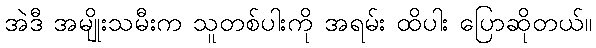
အဲဒီ အမျိုးသမီးက သူတစ်ပါးကို အရမ်း ထိပါး ပြောဆိုတယ်။